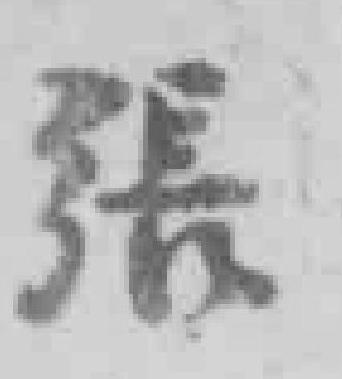
張